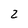
Character: 2